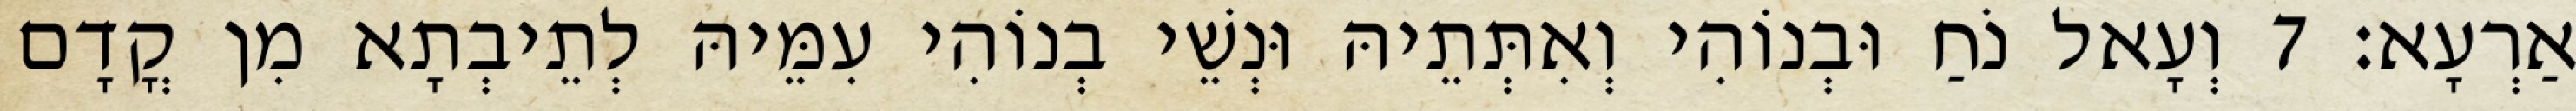
אַרְעָא׃ 7 וְעָאל נֹחַ וּבְנוֹהִי וְאִתְּתֵיהּ וּנְשֵׁי בְנוֹהִי עִמֵּיהּ לְתֵיבְתָא מִן קֳדָם